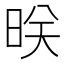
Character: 𬀲